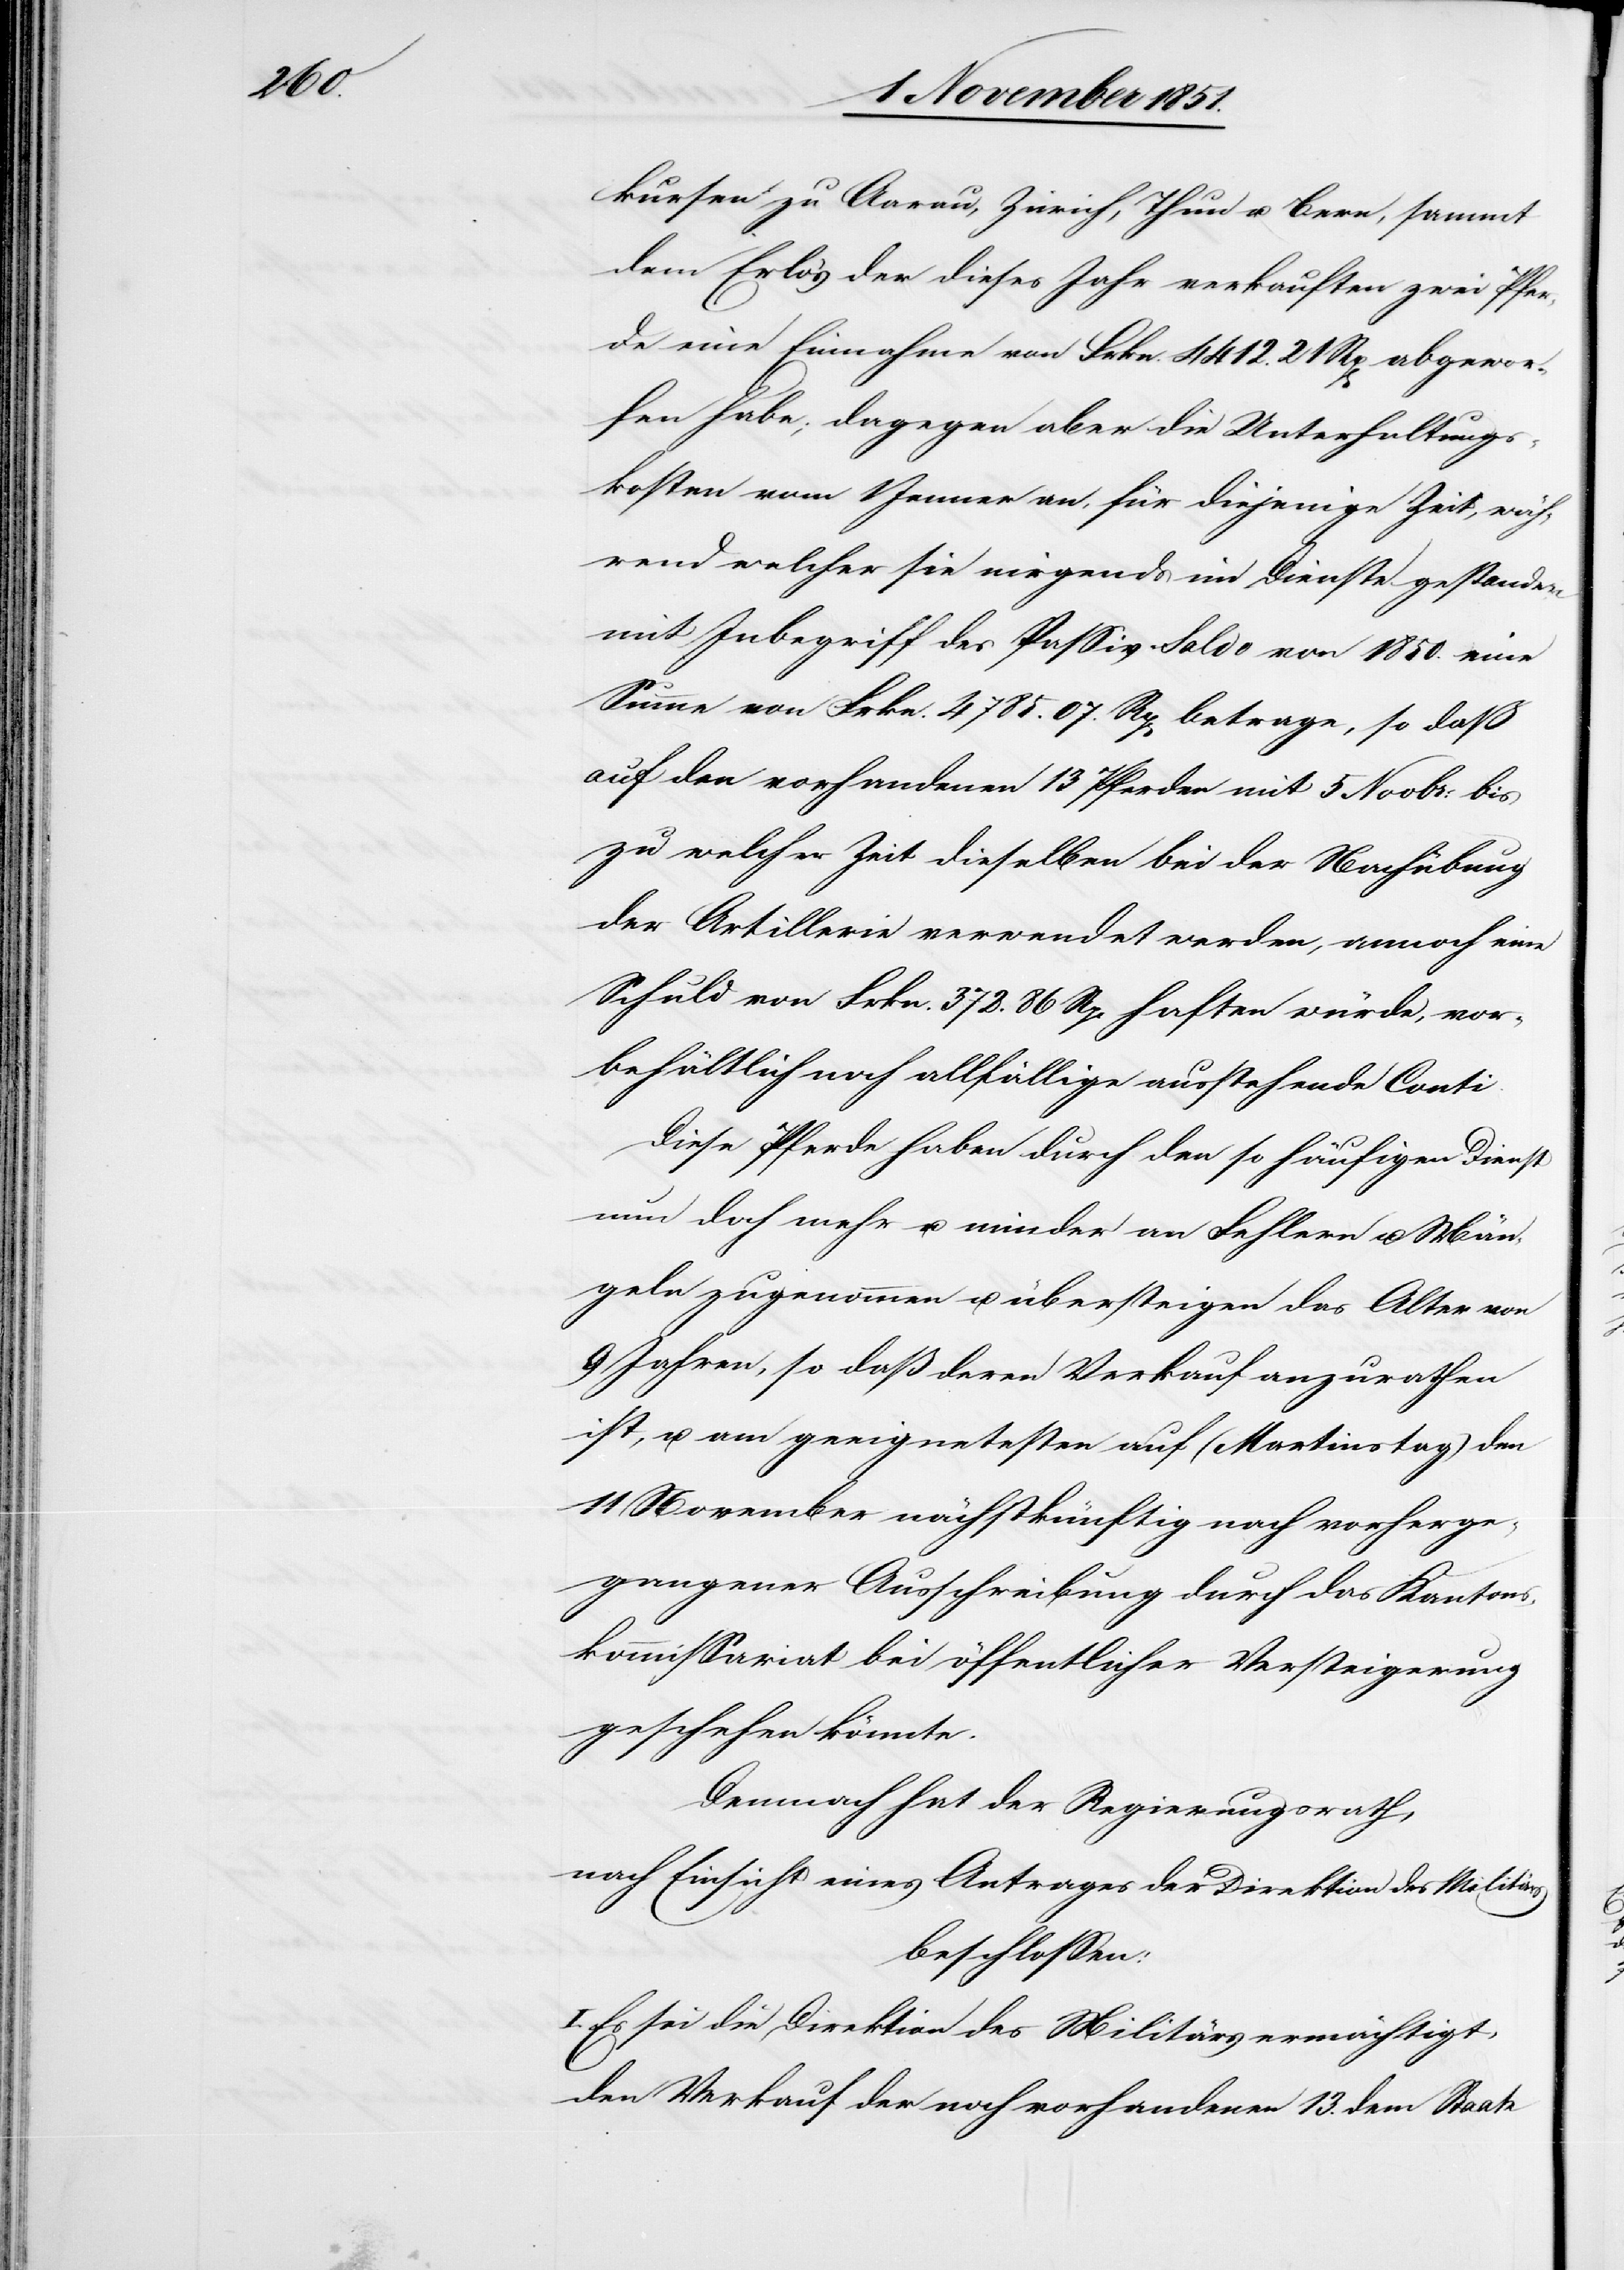
kursen zu Aarau, Zürich, Thun u. Bern, sammt
dem Erlös der dieses Jahr verkauften zwei Pfer¬
de eine Einnahme von Frkn. 4412. 21 Rp[en] abgewor¬
fen habe, dagegen aber die Unterhaltungs¬
kosten vom 1 Jenner an, für diejenige Zeit, wäh¬
rend welcher sie nirgends im Dienste gestanden
mit Inbegriff des Passiv-Saldo von 1850. eine
Summe von Frkn. 4785. 07. Rp[en] betrage, so daß
auf den vorhandenen 13 Pferden mit 5 Novbr: bis
zu welcher Zeit dieselben bei der Nachübung
der Artillerie verwendet werden, annoch eine
Schuld von Frkn. 372. 86 Rp. haften würde, vor¬
behältlich noch allfällige ausstehende Conti.
Diese Pferde haben durch den so häufigen Dienst
nun doch mehr u. minder an Fehlern u. Män¬
geln zugenommen u. übersteigen das Alter von
9 Jahren, so daß deren Verkauf anzurathen
ist, u. am geeignetesten auf (Martinstag) den
11 November nächstkünftig nach vorherge¬
gangener Ausschreibung durch das Kantons¬
kommissariat bei öffentlicher Versteigerung
geschehen könnte.
Demnach hat der Regierungsrath,
nach Einsicht eines Antrages der Direktion des Militärs
beschlossen:
I. Es sei die Direktion des Militärs ermächtigt,
den Verkauf der noch vorhandenen 13. dem Staate